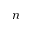
n